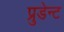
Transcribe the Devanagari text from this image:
प्रुडेन्ट